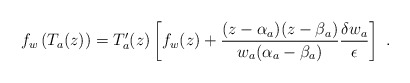
\begin{align*}f_w\left( T_a(z)\right) =T'_a(z)\left[ f_w(z) +\frac{(z -\alpha _a)(z -\beta _a)}{w_a(\alpha _a -\beta _a)} \frac{\delta w_a}{\epsilon }\right] \ .\end{align*}